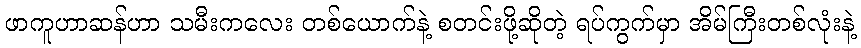
ဖာကူဟာဆန်ဟာ သမီးကလေး တစ်ယောက်နဲ့ စတင်းဖို့ဆိုတဲ့ ရပ်ကွက်မှာ အိမ်ကြီးတစ်လုံးနဲ့